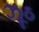
ઝૂઠ